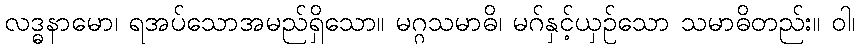
လဒ္ဓနာမော၊ ရအပ်သောအမည်ရှိသော။ မဂ္ဂသမာဓိ၊ မဂ်နှင့်ယှဉ်သော သမာဓိတည်း။ ဝါ၊